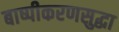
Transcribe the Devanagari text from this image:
बाष्पीकरणसुद्धा